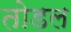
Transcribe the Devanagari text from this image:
तोडल